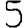
Digit: 5